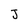
Character: J